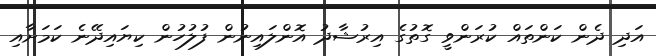
އަދި ދެން ކަންތައް ކުރަންވީ ގޮތުގެ އިރުޝާދު އޮންލައިނުން ފުލުހުން ކިޔައިދޭނެ ކަމަށާއި